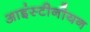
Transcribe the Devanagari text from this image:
आइंस्टीनीयन